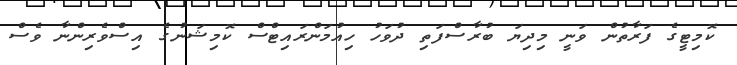
ކޮމިޓީގެ ފަރާތުން ވަނީ މިދިޔަ ބުރާސްފަތި ދުވަހު ހިއުމަންރައިޓްސް ކޮމިޝަނުގެ އިސްވެރިންނާ ވެސް